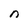
Character: n